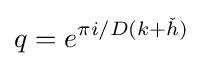
q=e^{\pi i/D(k+{\check {h}})}